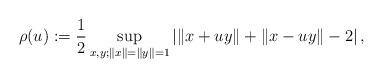
LaTeX: \begin{align*}\rho(u):=\frac{1}{2}\sup_{x,y;\|x\|= \|y\|=1}\left|\|x+uy\|+\|x-uy\|-2\right|,\end{align*}